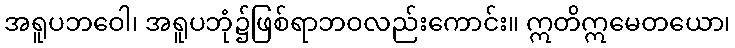
အရူပဘဝေါ၊ အရူပဘုံ၌ဖြစ်ရာဘဝလည်းကောင်း။ ဣတိဣမေတယော၊